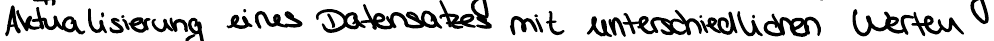
Aktualisierung eines Datensatzes mit unterschiedlichen Werten